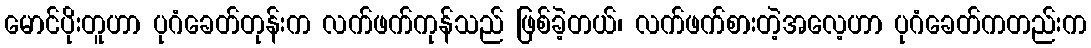
မောင်ပိုးတူဟာ ပုဂံခေတ်တုန်းက လက်ဖက်ကုန်သည် ဖြစ်ခဲ့တယ်၊ လက်ဖက်စားတဲ့အလေ့ဟာ ပုဂံခေတ်ကတည်းက